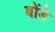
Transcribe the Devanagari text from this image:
बोंडे